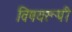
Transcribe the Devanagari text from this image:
विषयरूपी